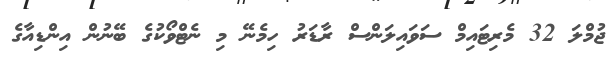
ޖުމްލަ 32 މެރިޓައިމް ސަވައިލަންސް ރާޑަރު ހިމެނޭ މި ނެޓްވޯކުގެ ބޭނުން އިންޑިއާގެ